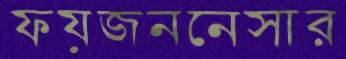
ফয়জননেসার